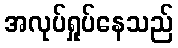
အလုပ်ရှုပ်နေသည်